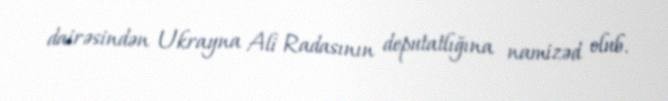
dairəsindən Ukrayna Ali Radasının deputatlığına namizəd olub.